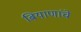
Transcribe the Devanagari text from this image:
बियाणांचे